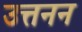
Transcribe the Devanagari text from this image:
उत्तनन